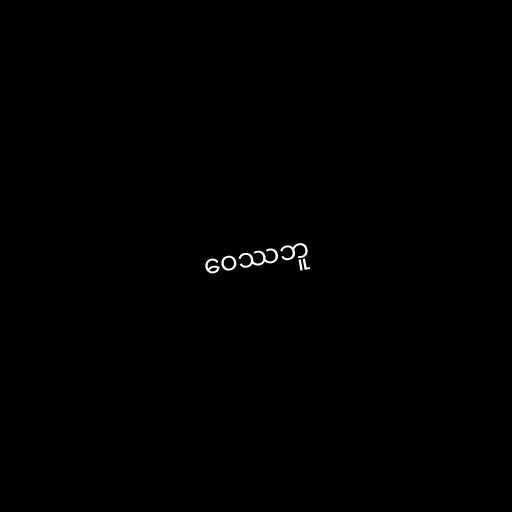
ဝေဿဘူ